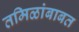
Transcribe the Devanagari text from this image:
तमिळांबाबत